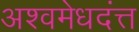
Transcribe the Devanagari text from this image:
अश्वमेधदंत्त